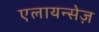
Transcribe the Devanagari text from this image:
एलायन्सेज़